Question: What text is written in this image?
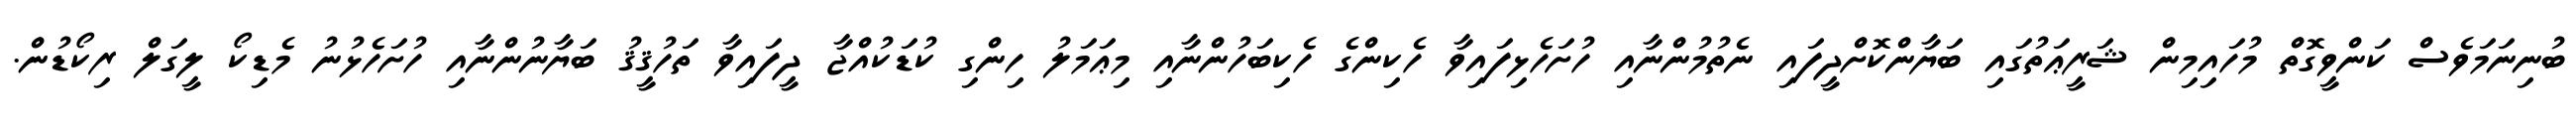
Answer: ބުނިނަމަވެސް ކަންވީގޮތް މުހައިމިން ޝަރީޢަތުގައި ބަޔާންކޮށްދީފައި ނެތުމުންނާއި ހުށަހެޅިފައިވާ ހެކިންގެ ހެކިބަހުންނާއި މިޢަމަލު ހިންގި ކުޑަކުއްޖާ ދީފައިވާ ތަހުޤީޤު ބަޔާނުންނާއި ހުށަހެޅުނު މެޑިކޯ ލީގަލް ރިކޯޑުން.